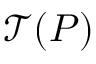
\mathcal { T } ( P )